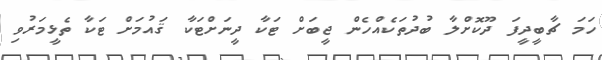
ހަމަ ޗާބީދީފަ ދޫކޮށްލާ ބުދުތަކެއްހެން ޖީބަށް ޓަކާ ދީނަށްޓަކާ ޤައުމަށް ޓަކާ ތެޅީމަރުވި